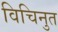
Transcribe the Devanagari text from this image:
विचिनुत